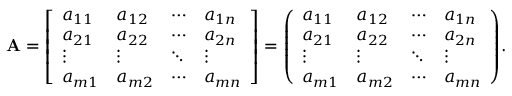
\mathbf { A } = { \left[ \begin{array} { l l l l } { a _ { 1 1 } } & { a _ { 1 2 } } & { \cdots } & { a _ { 1 n } } \\ { a _ { 2 1 } } & { a _ { 2 2 } } & { \cdots } & { a _ { 2 n } } \\ { \vdots } & { \vdots } & { \ddots } & { \vdots } \\ { a _ { m 1 } } & { a _ { m 2 } } & { \cdots } & { a _ { m n } } \end{array} \right] } = { \left( \begin{array} { l l l l } { a _ { 1 1 } } & { a _ { 1 2 } } & { \cdots } & { a _ { 1 n } } \\ { a _ { 2 1 } } & { a _ { 2 2 } } & { \cdots } & { a _ { 2 n } } \\ { \vdots } & { \vdots } & { \ddots } & { \vdots } \\ { a _ { m 1 } } & { a _ { m 2 } } & { \cdots } & { a _ { m n } } \end{array} \right) } .